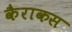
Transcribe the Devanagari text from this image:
कैराकस